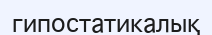
гипостатикалық